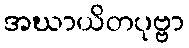
အဃာယိတပုဗ္ဗာ